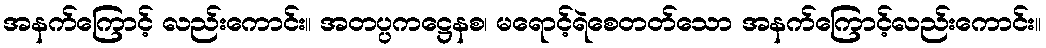
အနက်ကြောင့် လည်းကောင်း။ အတပ္ပကဋ္ဌေနစ၊ မရောင့်ရဲစေတတ်သော အနက်ကြောင့်လည်းကောင်း။